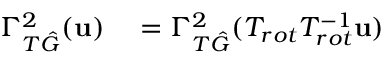
\begin{array} { r l } { \Gamma _ { T \hat { G } } ^ { 2 } ( \mathbf { u } ) } & { { } = \Gamma _ { T \hat { G } } ^ { 2 } ( T _ { r o t } T _ { r o t } ^ { - 1 } \mathbf { u } ) } \end{array}